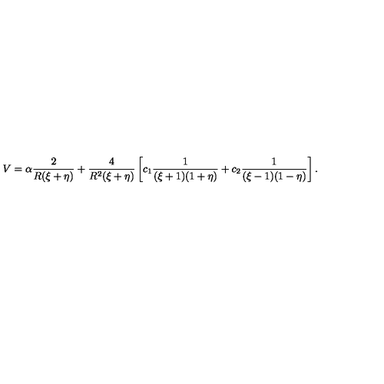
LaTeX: V = \alpha \frac { 2 } { R ( \xi + \eta ) } + \frac { 4 } { R ^ { 2 } ( \xi + \eta ) } \left[ c _ { 1 } \frac { 1 } { ( \xi + 1 ) ( 1 + \eta ) } + c _ { 2 } \frac { 1 } { ( \xi - 1 ) ( 1 - \eta ) } \right] .